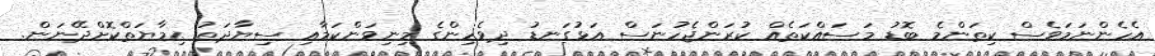
އެހެންނަމަވެސް ކިތަންމެ ބޮޑު މަސައްކަތެއް ކުރަންޖެހުނަސް އަޅުގަނޑު ދިވެހިންގެ މިނިވަންކަމާއި ސިޔާދަތު ޙިމާޔަތްކޮށްދޭނަން.